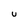
Character: U